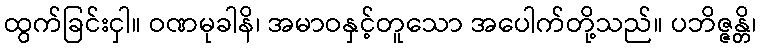
ထွက်ခြင်းငှါ။ ဝဏမုခါနိ၊ အမာဝနှင့်တူသော အပေါက်တို့သည်။ ပဘိဇ္ဇန္တိ၊